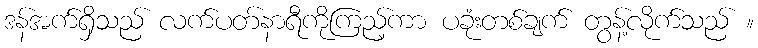
ဒန်အက်ရှိသည် လက်ပတ်နာရီကိုကြည့်ကာ ပခုံးတစ်ချက် တွန့်လိုက်သည် ။